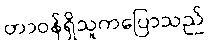
တာဝန်ရှိသူကပြောသည်